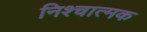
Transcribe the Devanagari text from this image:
निश्चात्मक